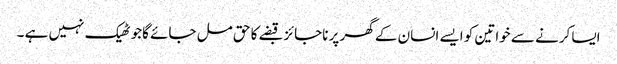
ایسا کرنے سے خواتین کو ایسے انسان کے گھر پر ناجائز قبضے کا حق مل جائے گاجو ٹھیک نہیں ہے ۔